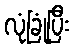
လုံခြုံပြီး